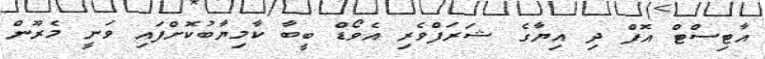
އާޓިސްޓް އޮފް ދި އިޔާގެ ޝަރަފްވެރި އެވޯޑް ބީބާ ކާމިޔާބުކޮށްފައި ވަނީ މެރޫން